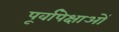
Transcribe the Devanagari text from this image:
पूर्वापेक्षाओं